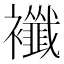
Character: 襳